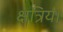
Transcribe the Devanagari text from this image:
क्षत्रिय।